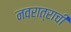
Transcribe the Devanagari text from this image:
नवरात्राची